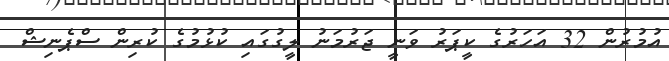
އުމުރުން 32 އަހަރުގެ ކީޕަރު ވަނީ ޖަރުމަނު ލީގުގައި ކުޅުމުގެ ކުރިން ސްޕެނިޝް